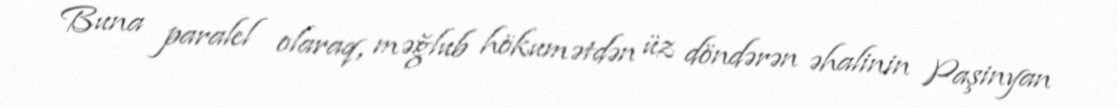
Buna paralel olaraq, məğlub hökumətdən üz döndərən əhalinin Paşinyan